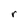
Character: r